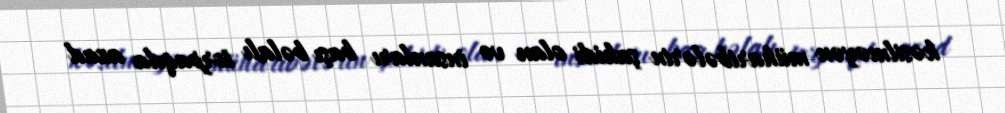
kəsilməyən müharibələrin şahidi olan və insanları başı bəlalı torpaqda azad